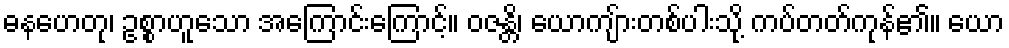
ဓနဟေတု၊ ဥစ္စာဟူသော အကြောင်းကြောင့်။ ဝဇန္တိ၊ ယောကျ်ားတစ်ပါးသို့ ကပ်တတ်ကုန်၏။ ယော